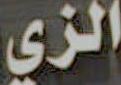
الزي